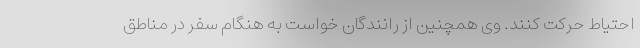
احتیاط حرکت کنند. وی همچنین از رانندگان خواست به هنگام سفر در مناطق